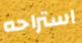
استراحه